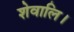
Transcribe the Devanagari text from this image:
शेवालि।